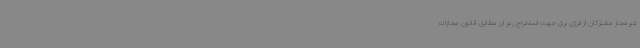
غیرمجاز مشترکان از انرژی برق جهت استخراج رمز ارز مطابق قانون مجازات